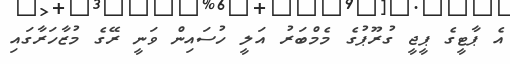
އެ ޕާޓީގެ ޕީޖީ ގުރޫޕުގެ މެމްބަރު އަލީ ހުސައިން ވަނީ ރޭގެ މުޒާހަރާގައި